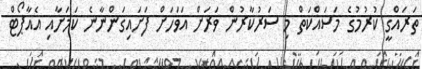
ތަރައްގީ ކުރުމުގެ މަސައްކަތް މި ސަރުކާރުން ވަރަށް އަވަހަށް ފަށައިގަންނާނެ ކަމަށާއި އެއާޕޯޓް